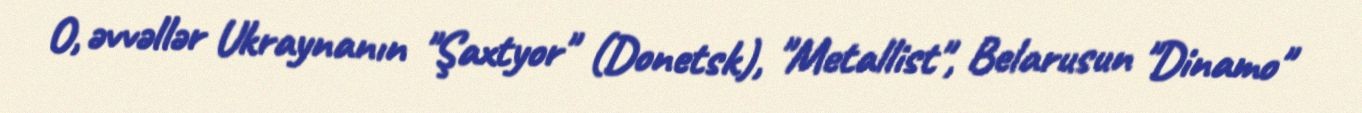
O, əvvəllər Ukraynanın "Şaxtyor" (Donetsk), "Metallist", Belarusun "Dinamo"